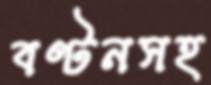
বণ্টনসহ